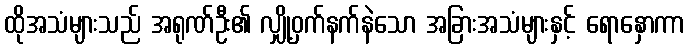
ထိုအသံများသည် အရုဏ်ဦး၏ လျှို့ဝှက်နက်နဲသော အခြားအသံများနှင့် ရောနှောကာ